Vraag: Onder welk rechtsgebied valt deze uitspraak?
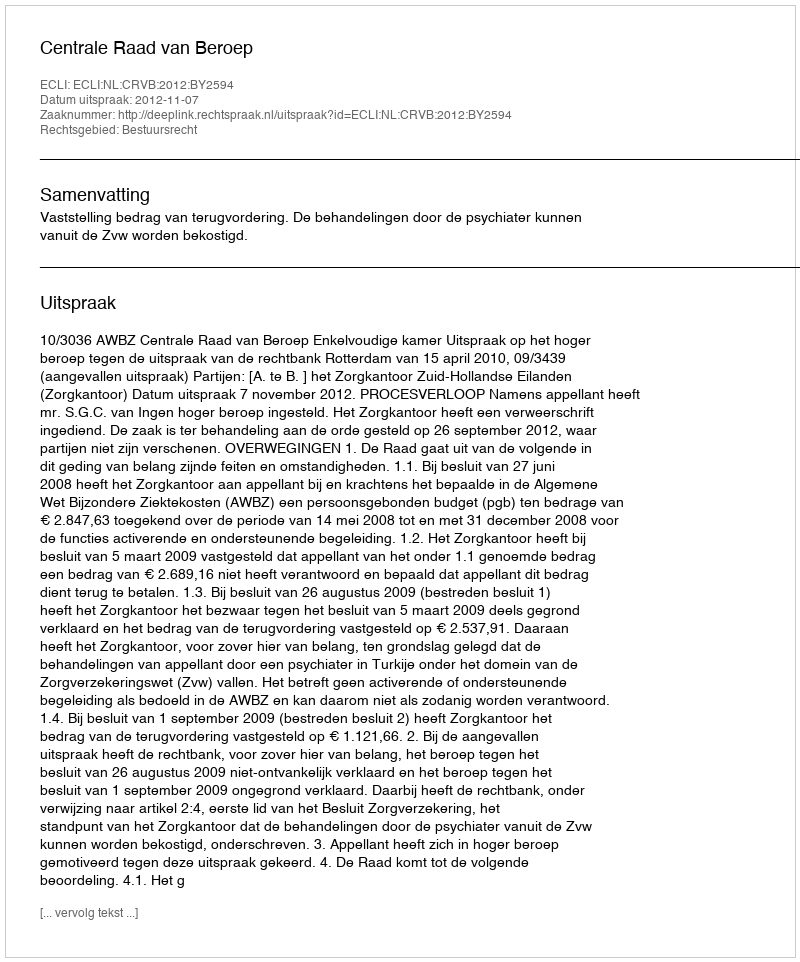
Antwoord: Bestuursrecht